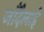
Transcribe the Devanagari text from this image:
जाँदैलाई